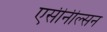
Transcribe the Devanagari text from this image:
एसीनील्सन